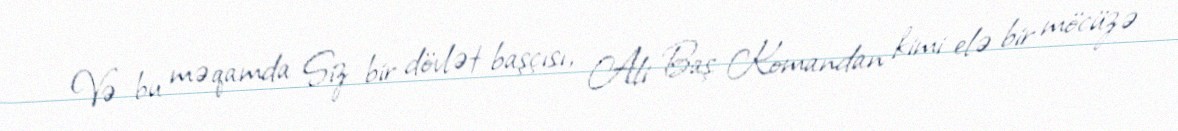
Və bu məqamda Siz bir dövlət başçısı, Ali Baş Komandan kimi elə bir möcüzə